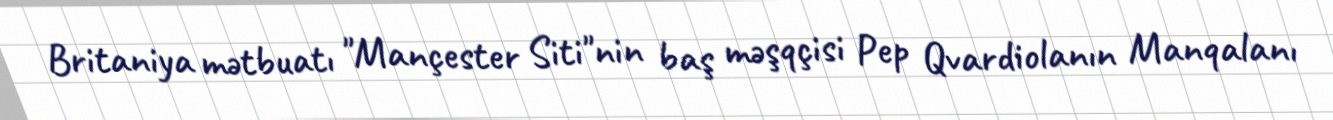
Britaniya mətbuatı "Mançester Siti"nin baş məşqçisi Pep Qvardiolanın Manqalanı